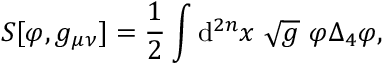
S [ \varphi , g _ { \mu \nu } ] = \frac { 1 } { 2 } \int \mathrm { d } ^ { 2 n } x ~ \sqrt { g } ~ \varphi \Delta _ { 4 } \varphi ,